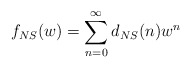
\begin{align*}f_{NS}(w) = \sum_{n=0}^\infty d_{NS} (n) w^n\end{align*}